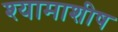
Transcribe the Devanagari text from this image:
श्यामाशीष